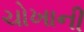
ચોખાની